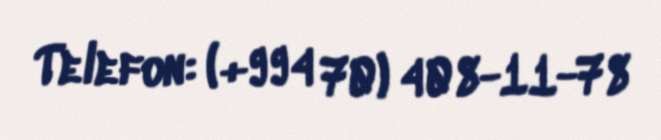
Telefon: (+994 70) 408-11-78